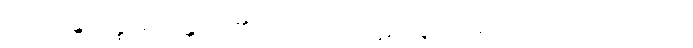
အရဟန္တမဇ္ဈေ၊ ရဟန္တာတို့၏ အလယ်၌။ ပဋိလဗ္ဘဿ၊ ရအပ်သော။ ပုဂ္ဂလဿ၊